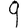
Digit: 9